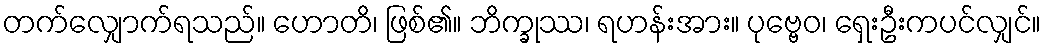
တက်လျှောက်ရသည်။ ဟောတိ၊ ဖြစ်၏။ ဘိက္ခုဿ၊ ရဟန်းအား။ ပုဗ္ဗေဝ၊ ရှေးဦးကပင်လျှင်။